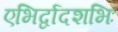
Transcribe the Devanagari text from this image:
एभिर्द्वादशभिः